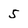
Character: 5